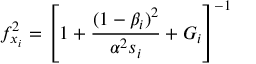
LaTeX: f _ { x _ { i } } ^ { 2 } = \left[ 1 + \frac { ( 1 - \beta _ { i } ) ^ { 2 } } { \alpha ^ { 2 } s _ { i } } + { \cal G } _ { i } \right] ^ { - 1 }